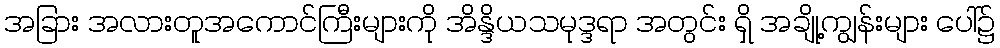
အခြား အလားတူအကောင်ကြီးများကို အိန္ဒိယသမုဒ္ဒရာ အတွင်း ရှိ အချို့ကျွန်းများ ပေါ်၌